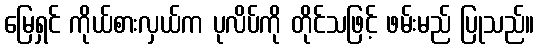
မြေရှင် ကိုယ်စားလှယ်က ပုလိပ်ကို တိုင်သဖြင့် ဖမ်းမည် ပြုသည်။